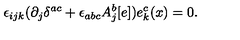
\epsilon _ { i j k } ( \partial _ { j } \delta ^ { a c } + \epsilon _ { a b c } A _ { j } ^ { b } [ e ] ) e _ { k } ^ { c } ( x ) = 0 .